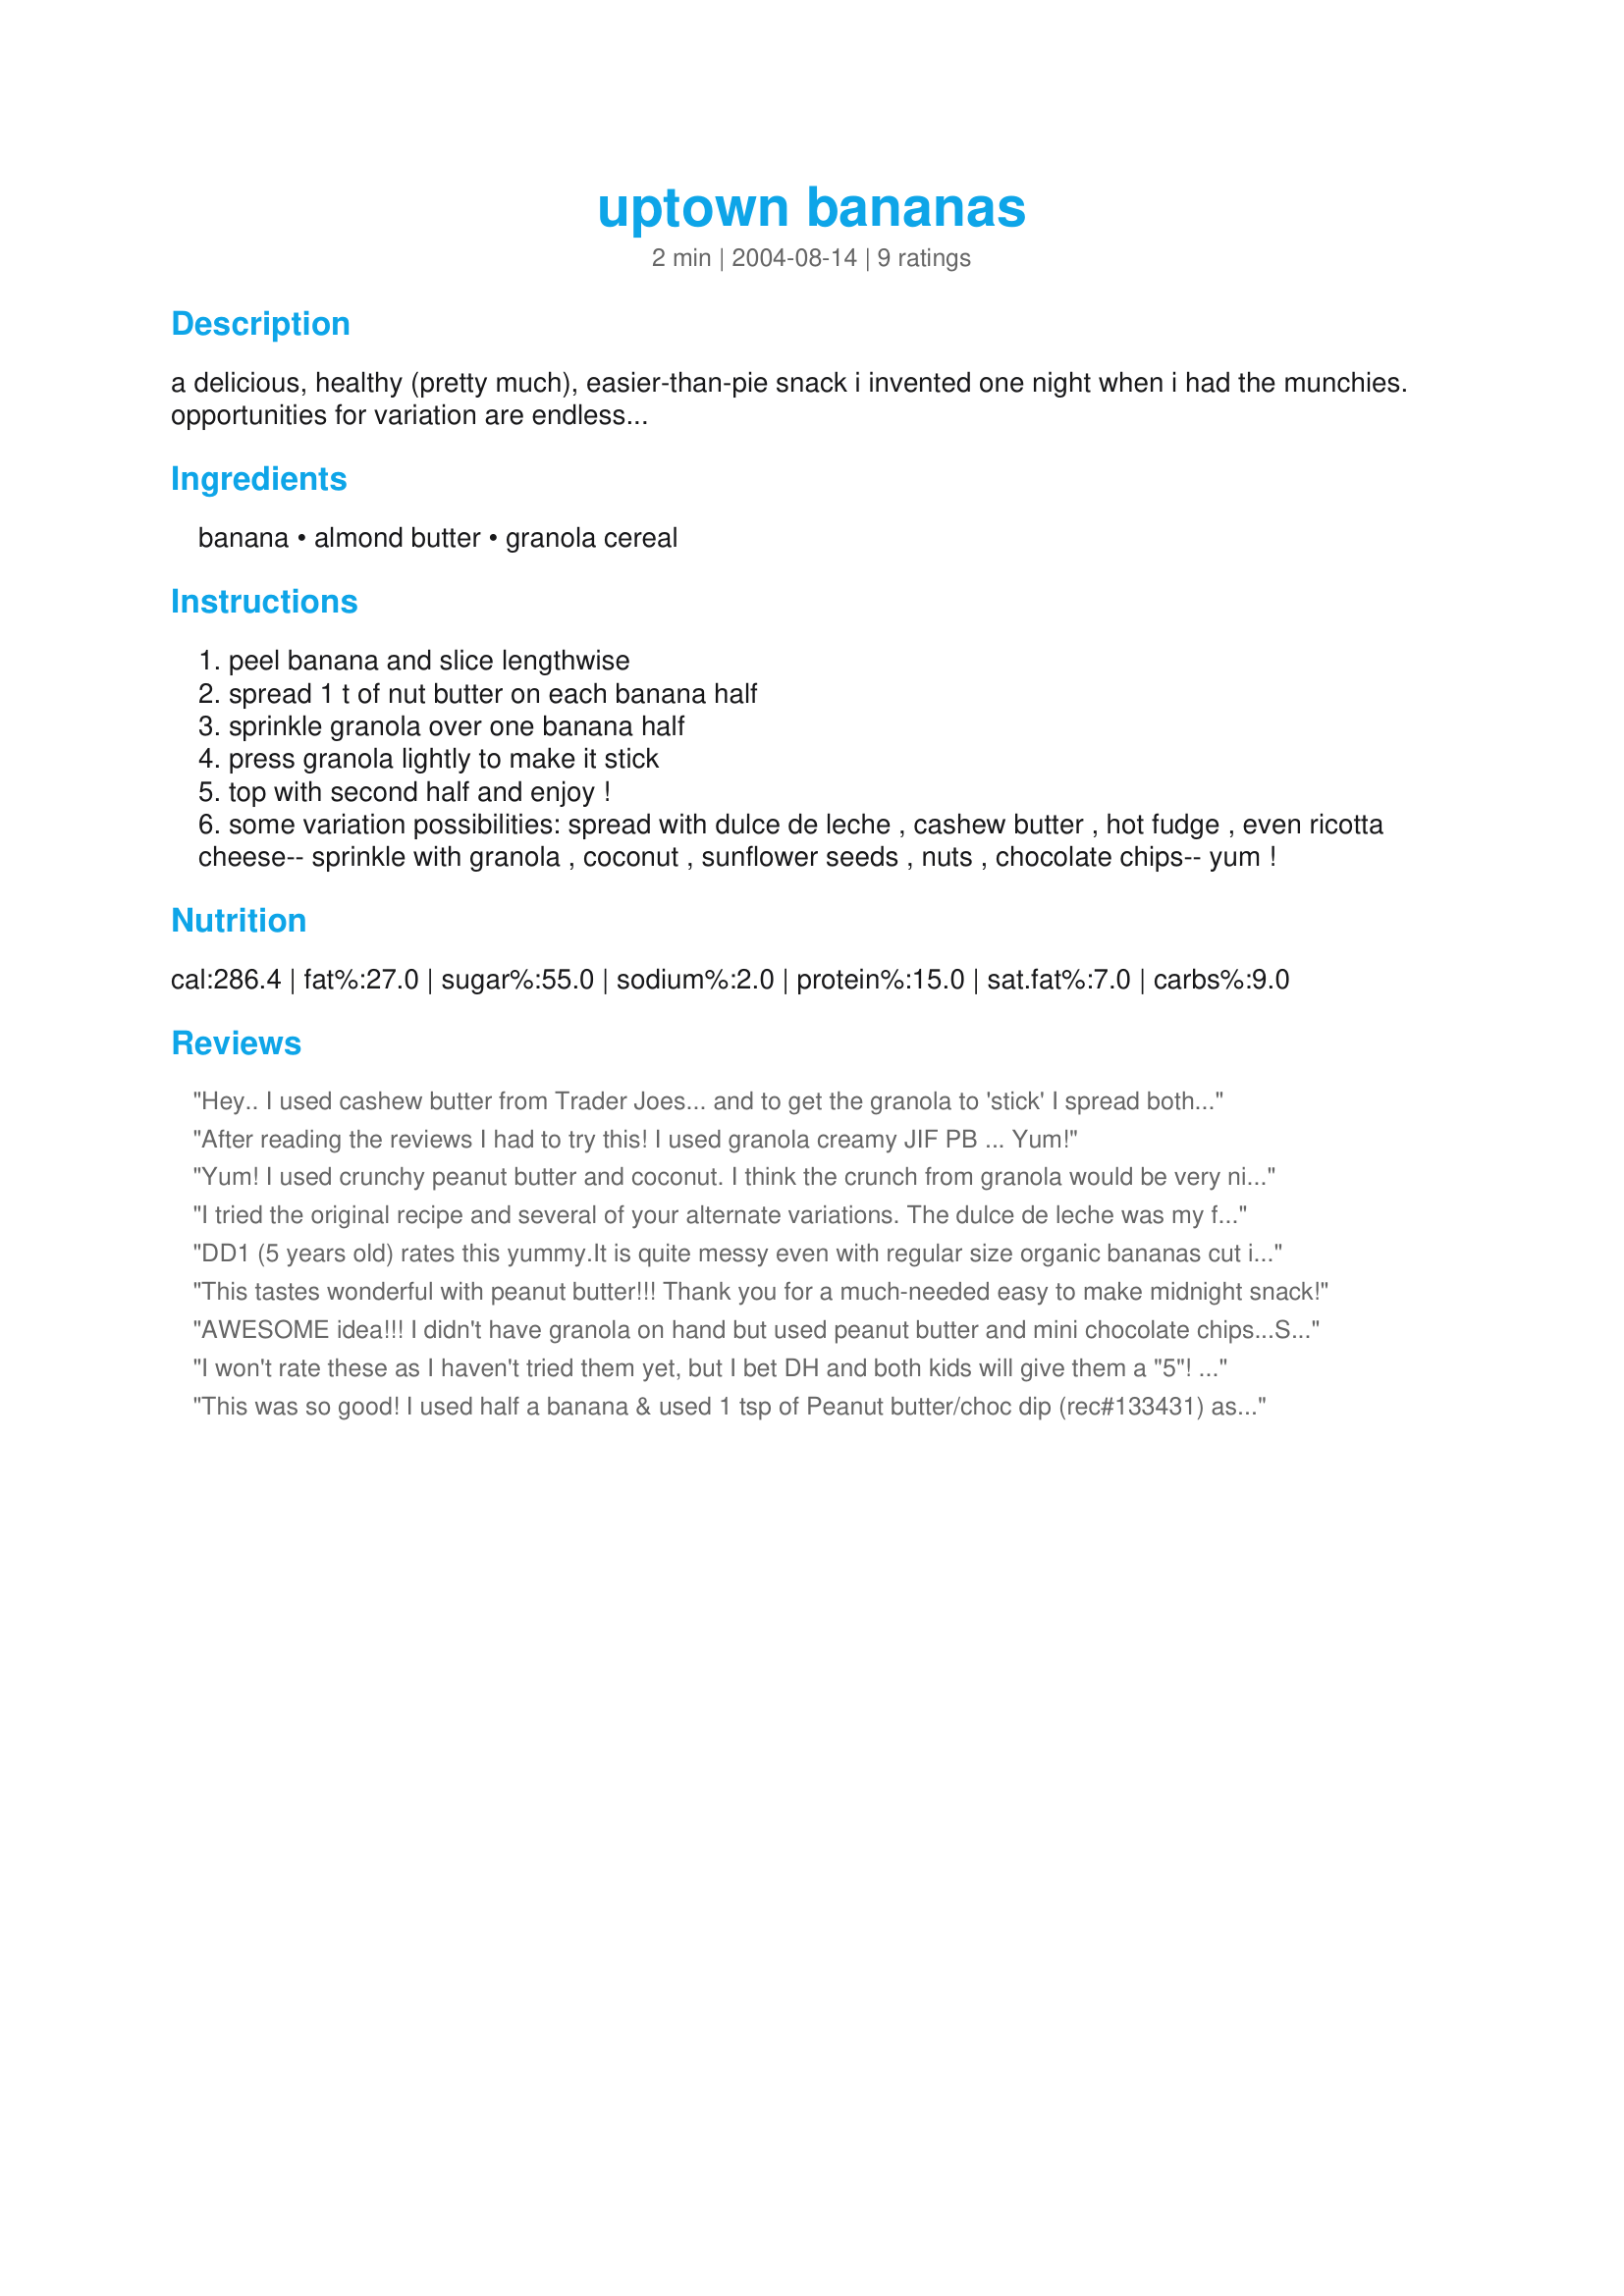
uptown bananas
Preparation time: 2 minutes

a delicious, healthy (pretty much), easier-than-pie snack i invented one night when i had the munchies. opportunities for variation are endless...

Ingredients:
banana, almond butter, granola cereal

Steps:
peel banana and slice lengthwise
spread 1 t of nut butter on each banana half
sprinkle granola over one banana half
press granola lightly to make it stick
top with second half and enjoy !
some variation possibilities: spread with dulce de leche , cashew butter , hot fudge , even ricotta cheese-- sprinkle with granola , coconut , sunflower seeds , nuts , chocolate chips-- yum !

Reviews:
Hey.. I used cashew butter from Trader Joes... and to get the granola to 'stick' I spread both halves of the banana with the cashew butter... BUT!! I didn't eat it right away.. I FROZE IT... and then took two days to devour it. It's sweet and delicious.
After reading the reviews I had to try this! I used granola creamy JIF PB ... Yum!
Yum! I used crunchy peanut butter and coconut. I think the crunch from granola would be very nice, but I didn't have any. The coconut gave it a nice flavor. I had this for breakfast and it was easy and fast and relatively good for me. I love how many possibilities there are!
I tried the original recipe and several of your alternate variations. The dulce de leche was my favorite spread, so that is what I am rating this on (I liked the peanut butter the least). All of the toppings were good with the dulce de leche, including the granola, which gave it a nice crunch.
DD1 (5 years old) rates this yummy.It is quite messy even with regular size organic bananas cut in half first. I found this a nice change from my usual apple paring with nut butter but I still prefer apples with it (I don`t love apples or bananas BTW). I used oalmond hazelnut butter (my favorite right now) by Nut`s to You, and Qia cereal by Nature`s Path as the granola, since we do not eat oats because of there similarity with gluten. Made for FEBRUARY'S SUN and SPICE EVENT, PRIME INGREDIENT CHALLENGE: Nut Butter.
This tastes wonderful with peanut butter!!! Thank you for a much-needed easy to make midnight snack!
AWESOME idea!!! I didn't have granola on hand but used peanut butter and mini chocolate chips...SO GOOD! :o) My kids will love these too! Thanks so much--you're brilliant!
I won't rate these as I haven't tried them yet, but I bet DH and both kids will give them a "5"! By nut butter I assume you mean peanut butter, but I wonder how they would taste with Nutella instead? I can't wait to try this. Thanks for a great idea!
This was so good! I used half a banana & used 1 tsp of Peanut butter/choc dip (rec#133431) as my spread. Of course, I do plan to use natural PB, or even vanilla yogurt, in the future! I used some chopped pecans, but will definitely try granola as my topping. I LOVE LOVE LOVE bananas & am always trying to find delicious ways to enjoy them. Thank you for sharing a new way to have my cake & eat it too! :-)
